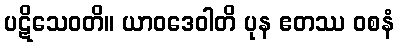
ပဋိသေဝတိ။ ယာဝဒေဝါတိ ပုန ဧတဿ ဝစနံ